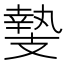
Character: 𭣛